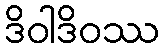
ဒိဝါဒိဝဿ